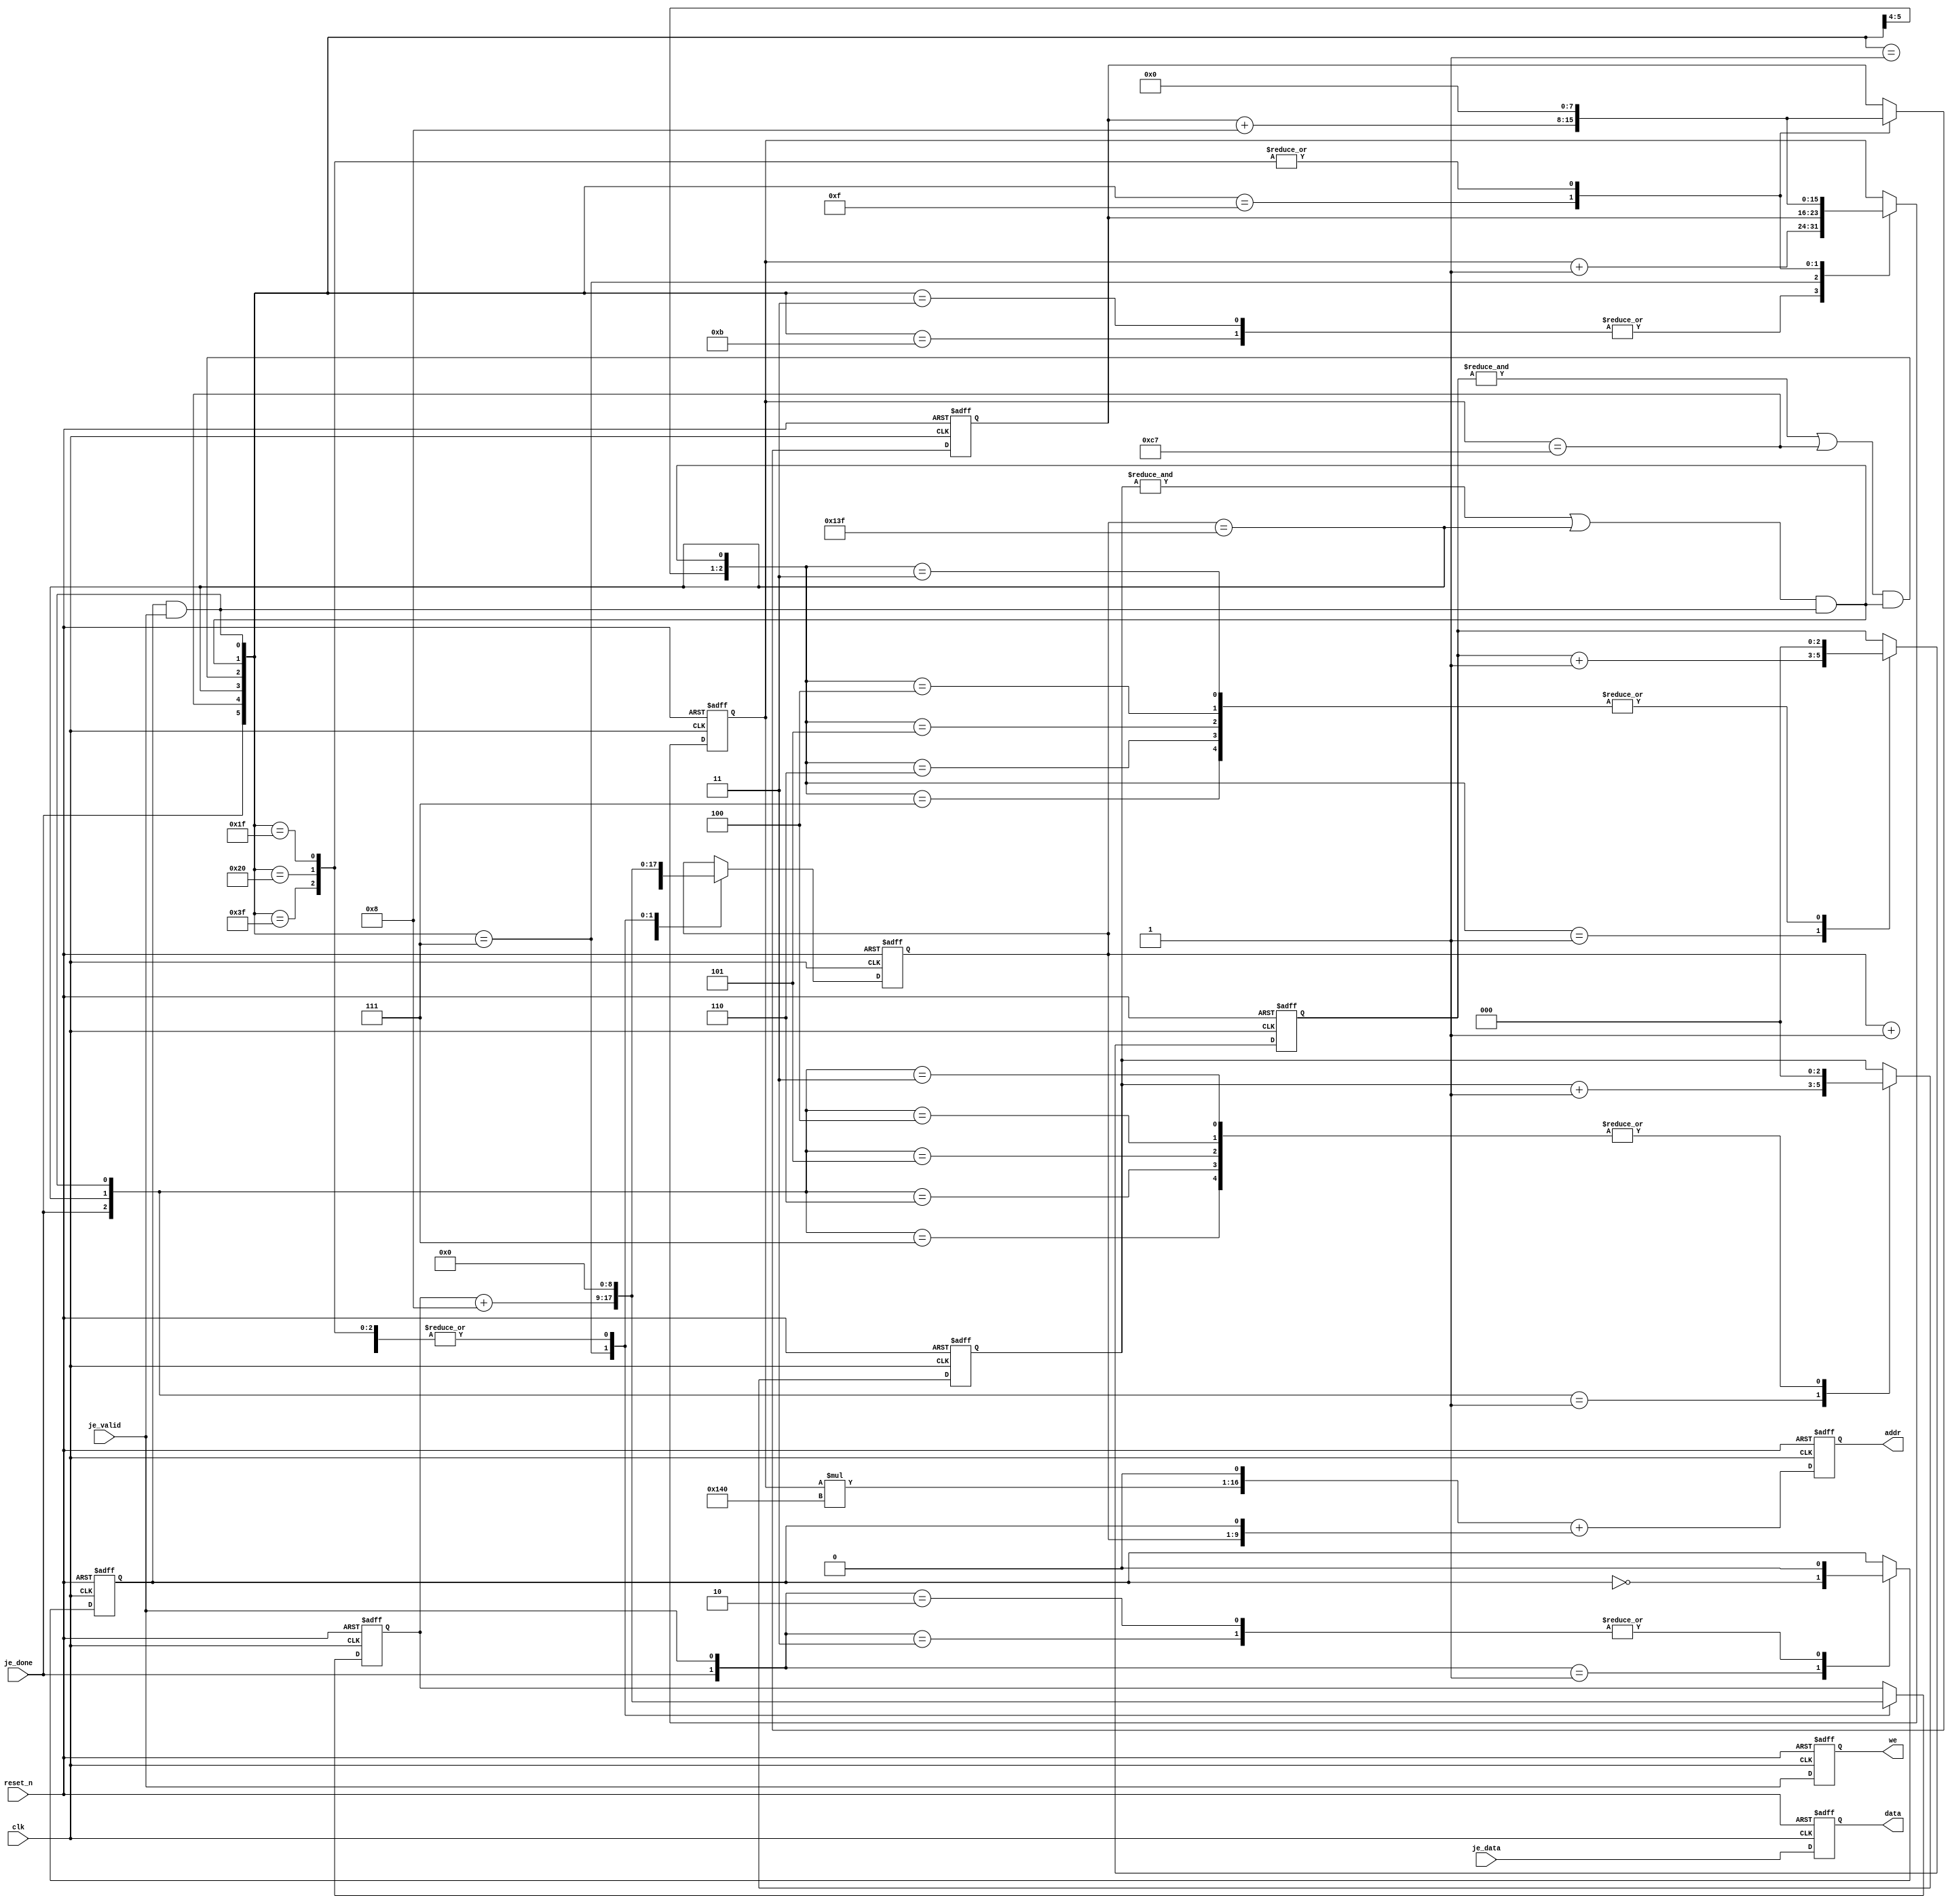
/******************************************************************************
Copyright 2018 Gnarly Grey LLC

Permission is hereby granted, free of charge, to any person obtaining a copy
of this software and associated documentation files (the "Software"), to deal
in the Software without restriction, including without limitation the rights
to use, copy, modify, merge, publish, distribute, sublicense, and/or sell
copies of the Software, and to permit persons to whom the Software is
furnished to do so, subject to the following conditions:

The above copyright notice and this permission notice shall be included in all
copies or substantial portions of the Software.

THE SOFTWARE IS PROVIDED "AS IS", WITHOUT WARRANTY OF ANY KIND, EXPRESS OR
IMPLIED, INCLUDING BUT NOT LIMITED TO THE WARRANTIES OF MERCHANTABILITY,
FITNESS FOR A PARTICULAR PURPOSE AND NONINFRINGEMENT. IN NO EVENT SHALL THE
AUTHORS OR COPYRIGHT HOLDERS BE LIABLE FOR ANY CLAIM, DAMAGES OR OTHER
LIABILITY, WHETHER IN AN ACTION OF CONTRACT, TORT OR OTHERWISE, ARISING FROM,
OUT OF OR IN CONNECTION WITH THE SOFTWARE OR THE USE OR OTHER DEALINGS IN THE
SOFTWARE.
******************************************************************************/
`timescale 1ns/1ns

//`define WIDTH (320)
//`define HEIGHT (200)
//`define BPP (2)

module jpeg_data_writer #(
  parameter WIDTH  = 320,
  parameter HEIGHT = 200,
  parameter WSZ = 9,
  parameter HSZ = 8,
  parameter ASZ = 17
  )(
  input           clk,
  input           reset_n,
  
  input           je_valid,
  input  [7:0]    je_data,
  input           je_done,

  output [(ASZ-1):0]   addr,
  output [7:0]    data,
  output          we
  ); 

  reg             addr_lsb;
  reg   [2:0]     col_cnt, row_cnt;
  reg   [(WSZ-1):0]     col_idx, col_x;
  reg   [(HSZ-1):0]     row_idx, row_y;
  
  reg   [(ASZ-1):0]    addr_reg;
  reg   [7:0]     data_reg;
  reg             we_reg;

  wire            col_max = (col_idx == (WIDTH-1));
  wire            row_max = (row_idx == (HEIGHT-1)); 
  
  wire            chg_col = addr_lsb && je_valid;
  wire            chg_row = ((&col_cnt) || (col_max)) && chg_col;
  wire            chg_blk = ((&row_cnt) || (row_max)) && chg_row;
 
  assign          addr = addr_reg;
  assign          data = data_reg;
  assign          we   = we_reg;
  

  always @ (posedge clk or negedge reset_n)
    begin
      if (!reset_n)
        addr_lsb <= #1 1'b0;
      else
        case({je_done, je_valid})      
          2'h1      : addr_lsb <= #1 !addr_lsb;
          2'h2,
          2'h3      : addr_lsb <= #1 1'b0;
          default   : addr_lsb <= #1 addr_lsb;
        endcase  
    end

  always @ (posedge clk or negedge reset_n)
    begin
      if (!reset_n)
        col_cnt <= #1 3'h0;
      else
        case ({je_done, col_max, chg_col})
          3'h1      : col_cnt <= #1 col_cnt + 3'h1;
          3'h3,
          3'h4,
          3'h5,
          3'h6,
          3'h7      : col_cnt <= #1 3'h0;
          default   : col_cnt <= #1 col_cnt;
        endcase        
    end

  always @ (posedge clk or negedge reset_n)
    begin
      if (!reset_n)
        row_cnt <= #1 3'h0;
      else
        case ({je_done, row_max, chg_row})
          3'h1      : row_cnt <= #1 row_cnt + 3'h1;
          3'h3,
          3'h4,
          3'h5,
          3'h6,
          3'h7      : row_cnt <= #1 3'h0;
          default   : row_cnt <= #1 row_cnt;
        endcase        
    end
    
  always @ (posedge clk or negedge reset_n)
    begin
      if (!reset_n)
        begin
          col_idx <= #1 {WSZ{1'b0}};//9'h000;
          col_x   <= #1 {WSZ{1'b0}};//9'h000;
          row_idx <= #1 {HSZ{1'b0}};//8'h00;
          row_y   <= #1 {HSZ{1'b0}};//8'h00;
        end
      else
        begin
          col_idx <= #1 col_idx;
          col_x   <= #1 col_x;
          row_idx <= #1 row_idx;
          row_y   <= #1 row_y; 
          case ({je_done, row_max, col_max, chg_blk, chg_row, chg_col})
            6'h01     : col_idx <= #1 col_idx + {{(WSZ-1){1'b0}}, {1'b1}};//9'h001;
            6'h03,
            6'h0B     : begin
                          col_idx <= #1 col_x;
                          row_idx <= #1 row_idx + {{(HSZ-1){1'b0}}, {1'b1}};//8'h01;
                        end
            6'h07     : begin
                          col_idx <= #1 col_x + {{(WSZ-4){1'b0}}, {4'h8}};//9'h008;
                          col_x   <= #1 col_x + {{(WSZ-4){1'b0}}, {4'h8}};//9'h008;
                          row_idx <= #1 row_y;
                        end
            6'h0F     : begin
                          col_idx <= #1 {WSZ{1'b0}};//9'h000;
                          col_x   <= #1 {WSZ{1'b0}};//9'h000;
                          row_idx <= #1 row_y + {{(HSZ-4){1'b0}}, {4'h8}};//8'h08;
                          row_y   <= #1 row_y + {{(HSZ-4){1'b0}}, {4'h8}};//8'h08;
                        end
            6'h1F,
            6'h20,
            6'h3F     : begin
                          col_idx <= #1 {WSZ{1'b0}};//9'h000;
                          col_x   <= #1 {WSZ{1'b0}};//9'h000;
                          row_idx <= #1 {HSZ{1'b0}};//8'h00;
                          row_y   <= #1 {HSZ{1'b0}};//8'h00;                          
                        end            
            default   : begin
                          col_idx <= #1 col_idx;
                          col_x   <= #1 col_x;
                          row_idx <= #1 row_idx;
                          row_y   <= #1 row_y;             
                        end
          endcase          
        end        
    end
  
  always @ (posedge clk or negedge reset_n)
    begin
      if (!reset_n)
        addr_reg <= #1 {ASZ{1'b0}};//17'h00000;
      else
//        addr_reg <= #1 ({(row_idx*`WIDTH),1'b0}) + ({col_idx,addr_lsb});      
        addr_reg <= #1 ({(row_idx*WIDTH),1'b0}) + ({col_idx,addr_lsb});      
    end
  
  always @ (posedge clk or negedge reset_n)
    begin
      if (!reset_n)
        begin
          data_reg <= #1 8'h00;
          we_reg   <= #1 1'b0;
        end
      else
        begin
          data_reg <= #1 je_data;
          we_reg   <= #1 je_valid;
        end
    end
  
endmodule